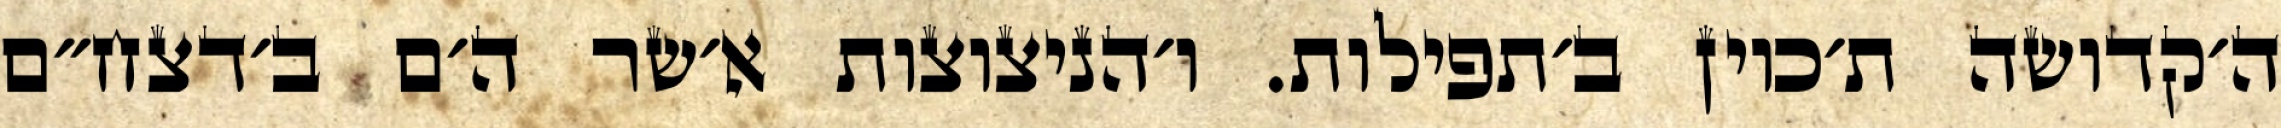
ה׳קדושה ת׳כוין ב׳תפילות. ו׳הניצוצות א׳שר ה׳ם ב׳דצח״ם